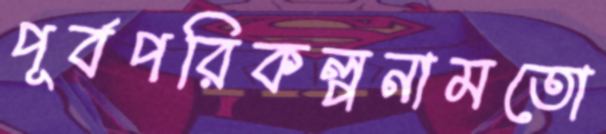
পূর্বপরিকল্পনামতো